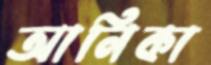
আনিকা